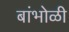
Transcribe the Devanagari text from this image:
बांभोळी